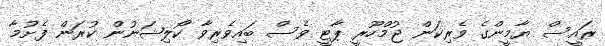
ރައީސް ޔާމީންގެ ވެރިކަން ޖުމްހޫރީ ޕާޓީ ވެސް ބައިވެރިވާ ކޯލިޝަނުން ކުރަން ފެށުމާ